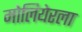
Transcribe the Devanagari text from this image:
मोलियेरला